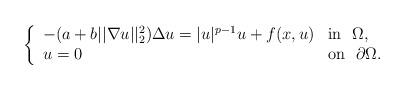
LaTeX: \begin{align*}\left\{\begin{array}{ll}-(a+b||\nabla u||_2^{2})\Delta u=|u|^{p-1}u+f(x,u)& \mbox{in}\ \ \Omega,\\u=0 & \mbox{on}\ \ \partial\Omega.\end{array}\right.\end{align*}